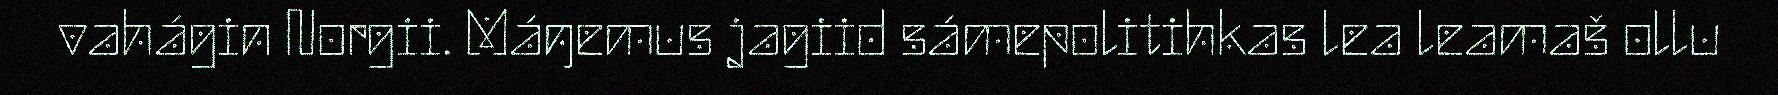
vahágin Norgii. Máŋemus jagiid sámepolitihkas lea leamaš ollu